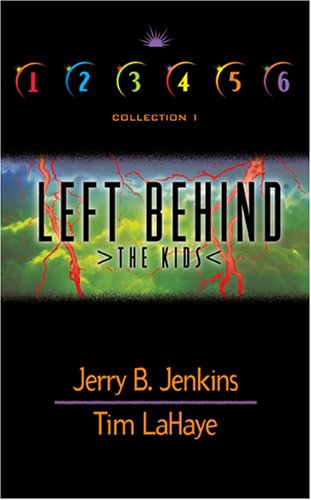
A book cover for Left Behind: The Kids: Collection 1: Volumes 1-6; Jerry B. Jenkins; Religion & Spirituality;